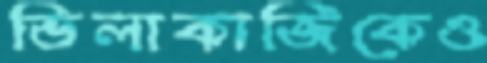
ভিলাকাজিকেও